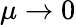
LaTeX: \mu\rightarrow 0